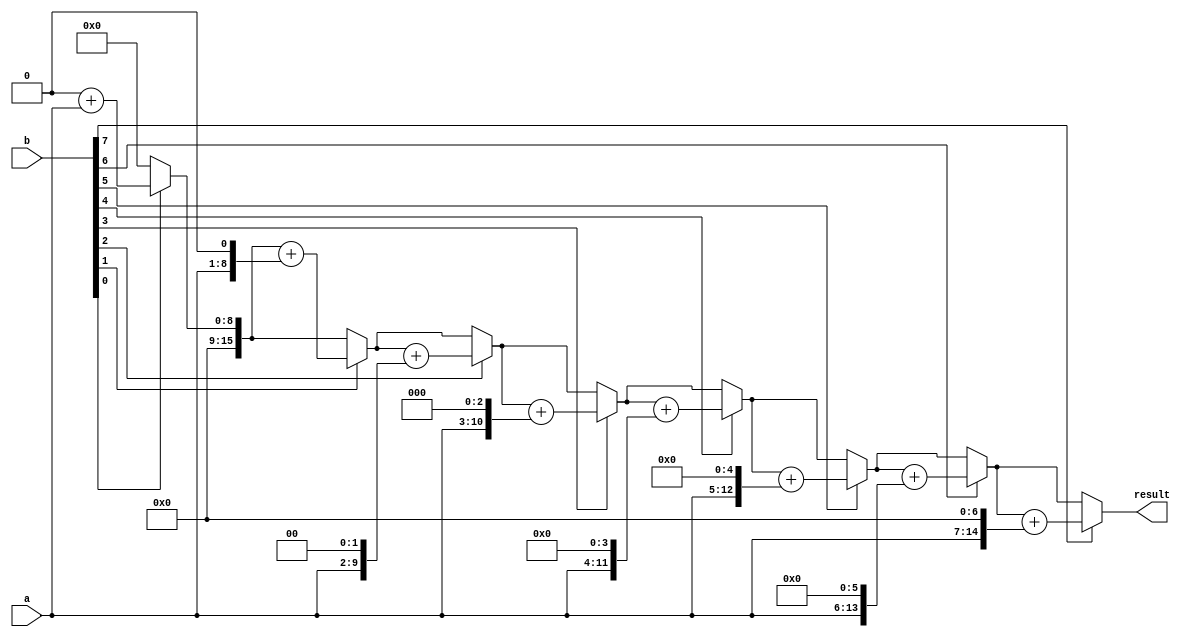
module shift_add_multiplier (
    input wire [7:0] a,
    input wire [7:0] b,
    output reg [15:0] result
);

reg [7:0] shifted_b;
reg [15:0] partial_result;

integer i;

always @(*) begin
    partial_result = 0;
    shifted_b = b;
    
    for (i = 0; i < 8; i = i + 1) begin
        if (shifted_b[0] == 1) begin
            partial_result = partial_result + (a << i);
        end
        shifted_b = shifted_b >> 1;
    end
    
    result = partial_result;
end

endmodule